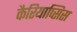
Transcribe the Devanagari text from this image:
कैरियाप्सिस